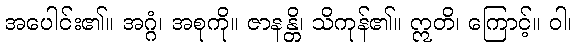
အပေါင်း၏။ အဂ္ဂံ၊ အစုကို။ ဇာနန္တိ၊ သိကုန်၏။ ဣတိ၊ ကြောင့်။ ဝါ၊